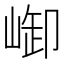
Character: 𪩆